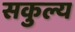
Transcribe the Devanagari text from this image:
सकुल्य